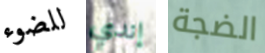
للضوء إندي الضجة